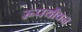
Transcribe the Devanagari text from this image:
रूपयौवन